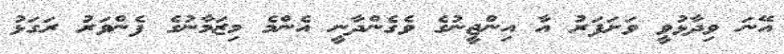
އޭނަ ވިދާޅުވީ ވަށަފަރު އާ އިންޖީނުގެ ވެގެންދާނީ އެންމެ މިޒަމާނުގެ ފެންވަރު ރަގަޅު